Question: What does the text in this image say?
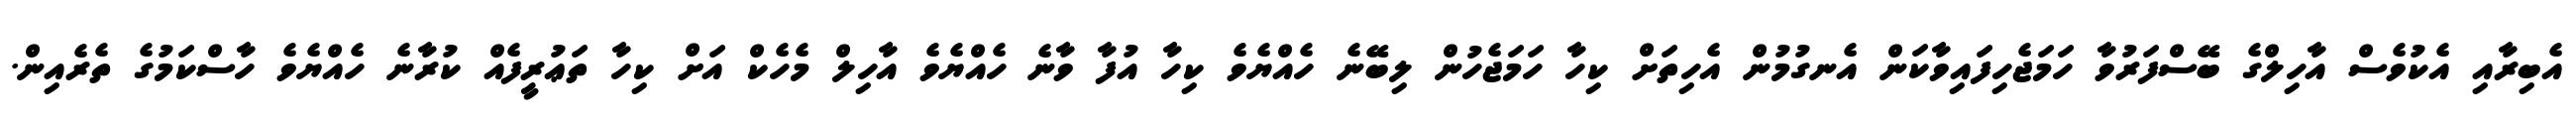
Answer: އެބިރާއި އެކުވެސް އާހިލްގެ ބޭސްފަރުވާ ހަމަޖެހިފައިވާކަން އެނގުމުން އެހިތަށް ކިހާ ހަމަޖެހުން ލިބޭނެ ހެއްޔެވެ ކިހާ އުފާ ވާނެ ހެއްޔެވެ އާހިލް މެހެކް އަށް ކިހާ ތަޢުރީފެއް ކުރާނެ ހެއްޔެވެ ހާސްކަމުގެ ތެރެއިން.